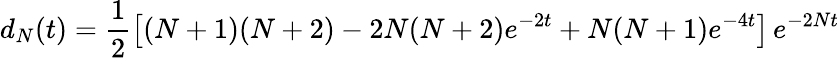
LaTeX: d_{N}(t)=\frac{1}{2}\left[(N+1)(N+2)-2N(N+2)e^{-2t}+N(N+1)e^{-4t}\right]\, e^{-2Nt}